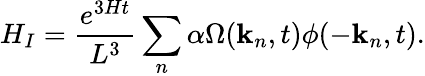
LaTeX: H_{I}=\frac{e^{3Ht}}{L^{3}}\sum_{n}\alpha\Omega({\mathbf k}_{n},t)\phi(-{\mathbf k}_{n},t).